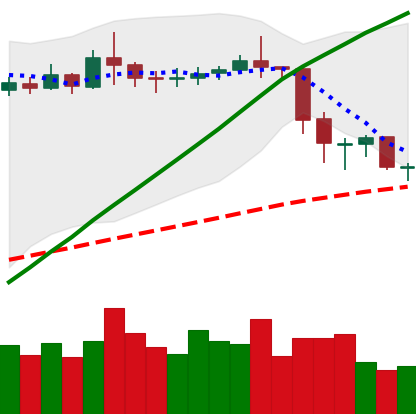
Ticker: ETC-USD
Chart end date: 2020-02-20
Forward return: 4.016%
Label: up_3_5